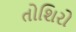
તોશિરો